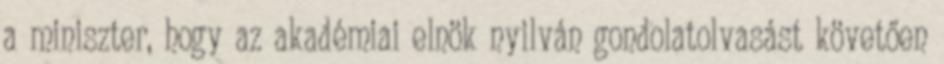
a miniszter, hogy az akadémiai elnök nyilván gondolatolvasást követően